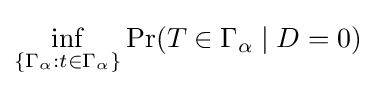
\inf _{\{\Gamma _{\alpha }:t\in \Gamma _{\alpha }\}}\Pr(T\in \Gamma _{\alpha }\mid D=0)